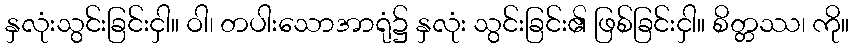
နှလုံးသွင်းခြင်းငှါ။ ဝါ၊ တပါးသောအာရုံ၌ နှလုံး သွင်းခြင်း၏ ဖြစ်ခြင်းငှါ။ စိတ္တဿ၊ ကို။